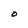
Character: O